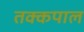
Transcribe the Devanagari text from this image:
तक्कपाल